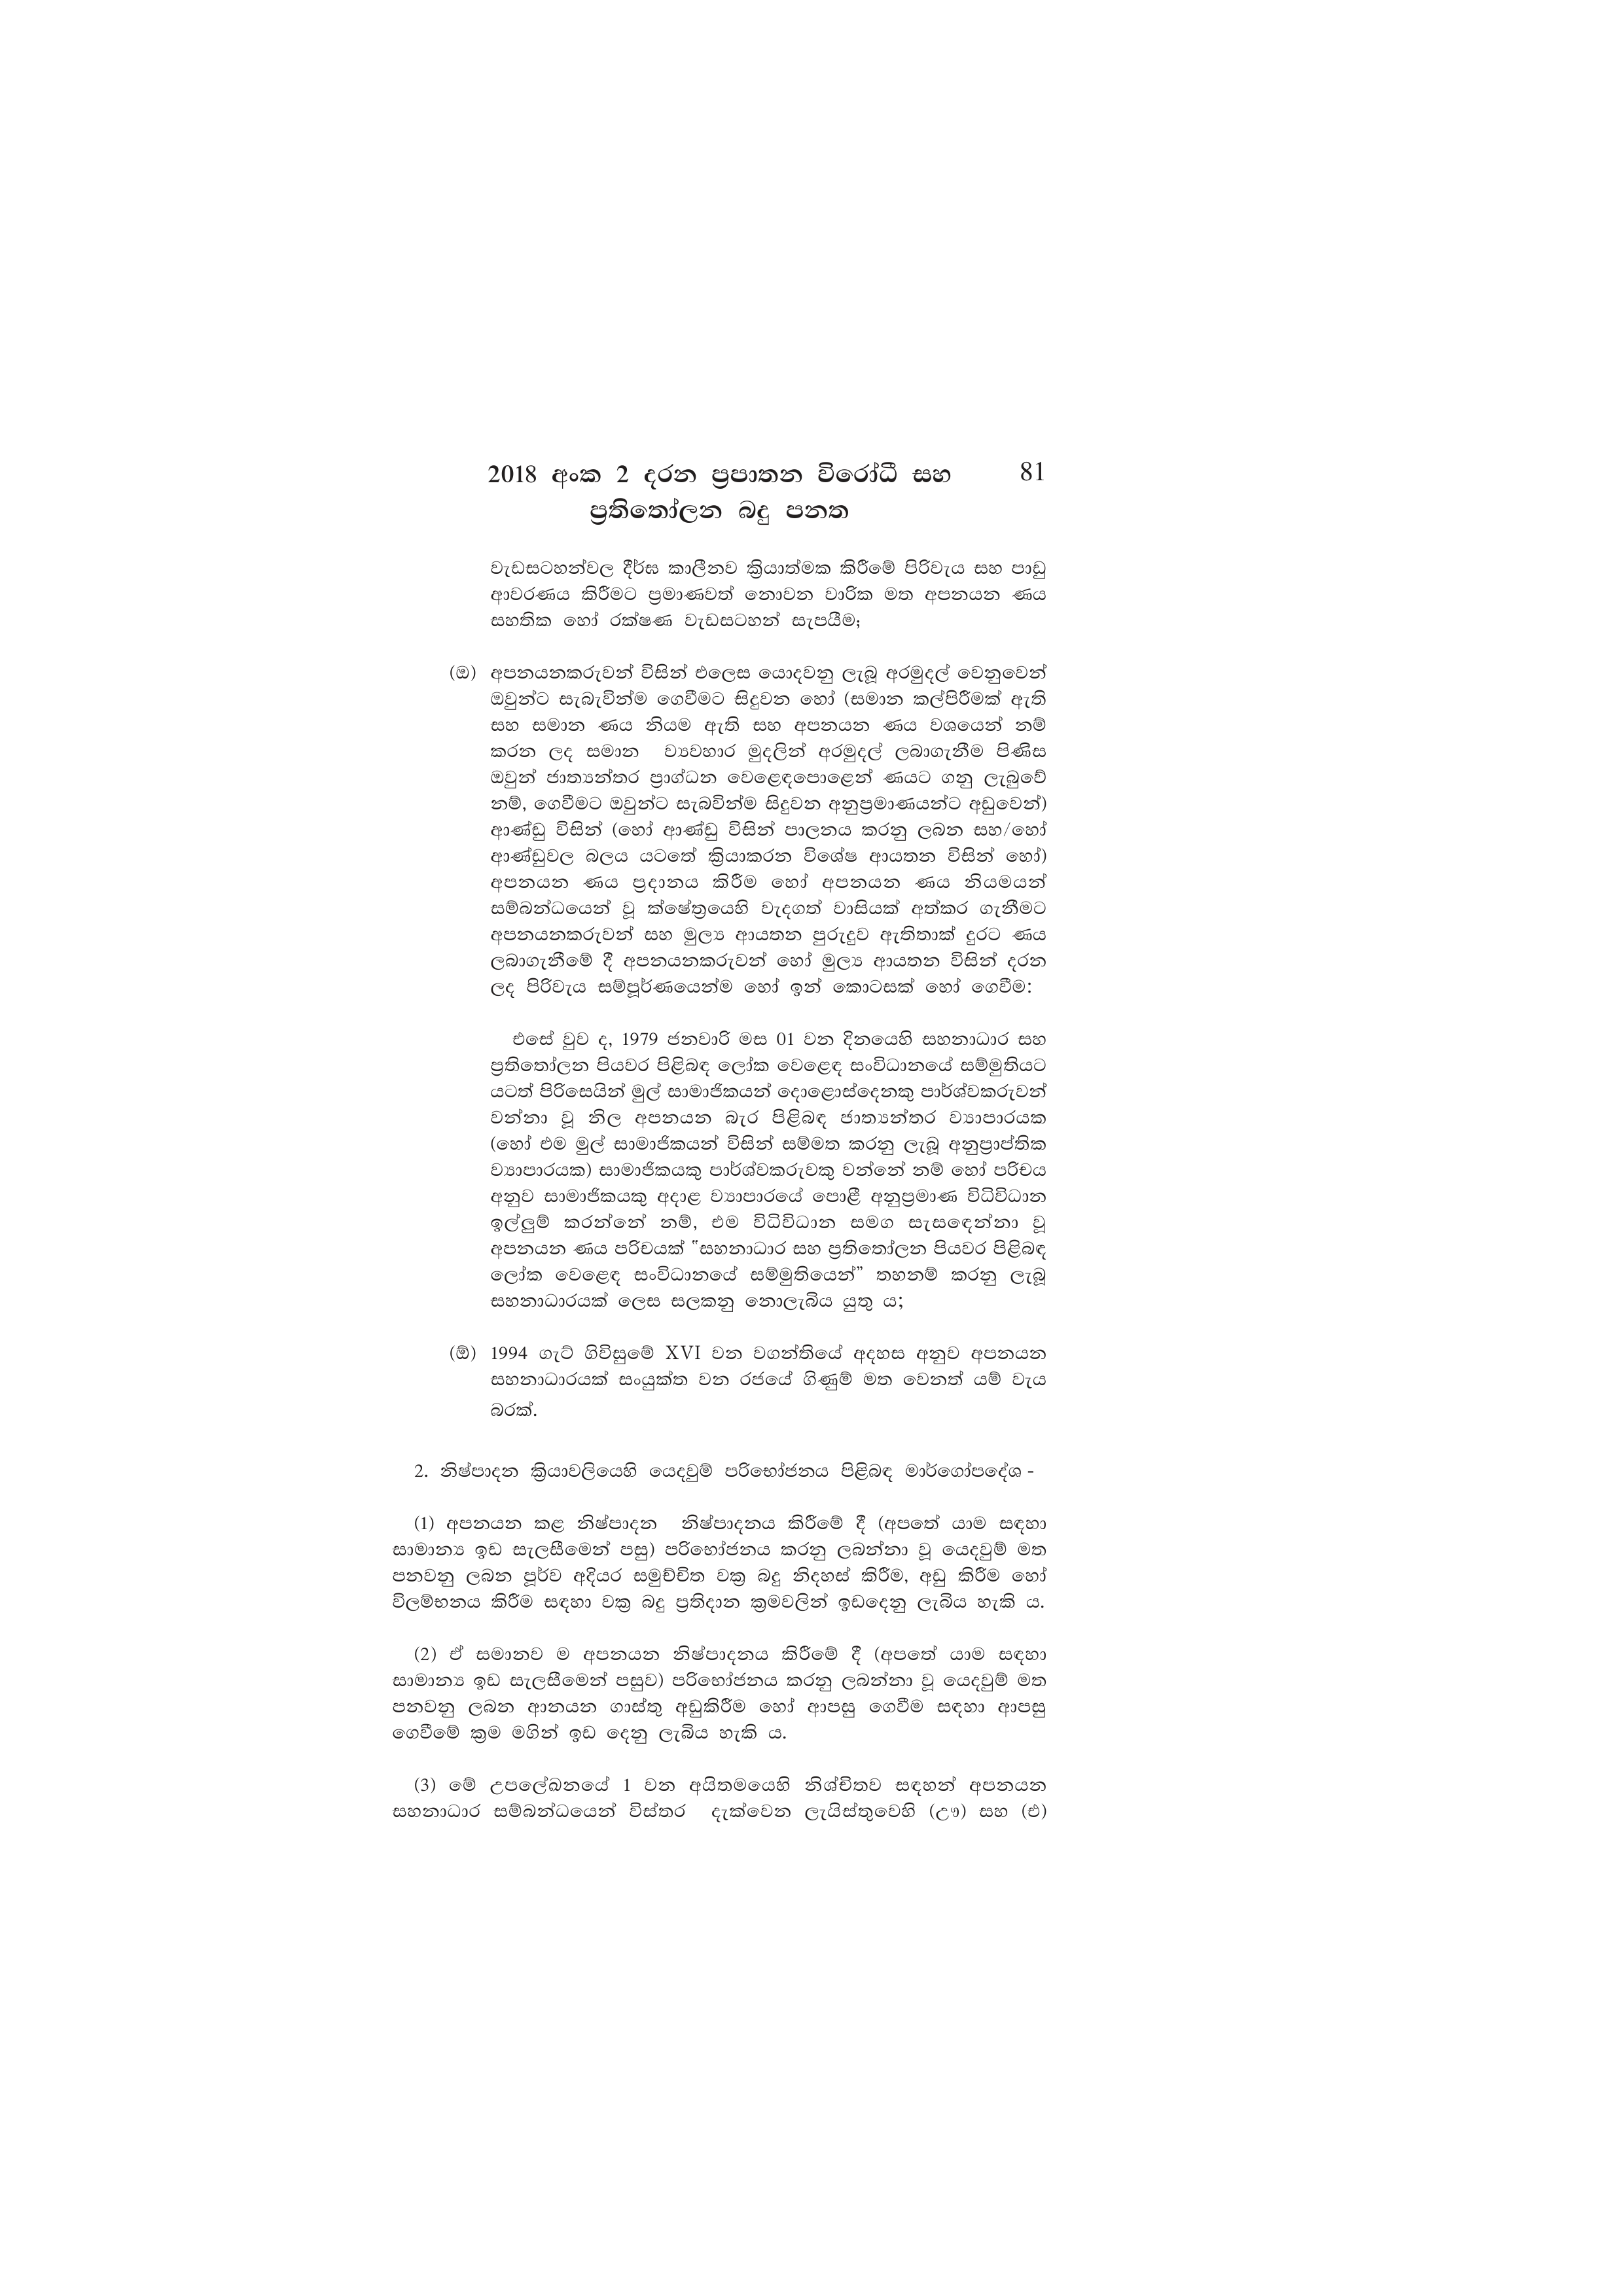
2018 අංක 2 දරන ප්‍රපාතන විරෝධී සහ 81
ප්‍රතිතෝලන බදු පනත

වැඩසටහන්වල දීර්ඝ කාලීනව ක්‍රියාත්මක කිරීමේ පිරිවැය සහ පාඩු
ආවරණය කිරීමට ප්‍රමාණවත් නොවන වාරික මත අපනයන ණය
සහතික හෝ රක්ෂණ වැඩසටහන් සැපයීම;

(ඔ) අපනයනකරුවන් විසින් එලෙස යොදවනු ලැබූ අරමුදල් වෙනුවෙන්
ඔවුන්ට සැබැවින්ම ගෙවීමට සිදුවන හෝ (සමාන කල්පිරීමක් ඇති
සහ සමාන ණය නියම ඇති සහ අපනයන ණය වශයෙන් නම්
කරන ලද සමාන ව්‍යවහාර මුදලින් අරමුදල් ලබාගැනීම පිණිස
ඔවුන් ජාත්‍යන්තර ප්‍රාග්ධන වෙළෙඳපොළෙන් ණයට ගනු ලැබුවේ
නම්, ගෙවීමට ඔවුන්ට සැබවින්ම සිදුවන අනුප්‍රමාණයන්ට අඩුවෙන්)
ආණ්ඩු විසින් (හෝ ආණ්ඩු විසින් පාලනය කරනු ලබන සහ/හෝ
ආණ්ඩුවල බලය යටතේ ක්‍රියාකරන විශේෂ ආයතන විසින් හෝ)
අපනයන ණය ප්‍රදානය කිරීම හෝ අපනයන ණය නියමයන්
සම්බන්ධයෙන් වූ ක්ෂේත්‍රයෙහි වැදගත් වාසියක් අත්කර ගැනීමට
අපනයනකරුවන් සහ මුල්‍ය ආයතන පුරුදුව ඇතිතාක් දුරට ණය
ලබාගැනීමේ දී අපනයනකරුවන් හෝ මුල්‍ය ආයතන විසින් දරන
ලද පිරිවැය සම්පූර්ණයෙන්ම හෝ ඉන් කොටසක් හෝ ගෙවීම:

එසේ වුව ද, 1979 ජනවාරි මස 01 වන දිනයෙහි සහනාධාර සහ
ප්‍රතිතෝලන පියවර පිළිබඳ ලෝක වෙළෙඳ සංවිධානයේ සම්මුතියට
යටත් පිරිසෙයින් මුල් සාමාජිකයන් දොළොස්දෙනකු පාර්ශ්වකරුවන්
වන්නා වූ නිල අපනයන බැර පිළිබඳ ජාත්‍යන්තර ව්‍යාපාරයක
(හෝ එම මුල් සාමාජිකයන් විසින් සම්මත කරනු ලැබූ අනුප්‍රාප්තික
ව්‍යාපාරයක) සාමාජිකයකු පාර්ශ්වකරුවකු වන්නේ නම් හෝ පරිචය
අනුව සාමාජිකයකු අදාළ ව්‍යාපාරයේ පොළී අනුප්‍රමාණ විධිවිධාන
ඉල්ලුම් කරන්නේ නම්, එම විධිවිධාන සමග සැසඳෙන්නා වූ
අපනයන ණය පරිචයක් "සහනාධාර සහ ප්‍රතිතෝලන පියවර පිළිබඳ
ලෝක වෙළෙඳ සංවිධානයේ සම්මුතියෙන්” තහනම් කරනු ලැබූ
සහනාධාරයක් ලෙස සලකනු නොලැබිය යුතු ය;

(ඕ) 1994 ගැට් ගිවිසුමේ XVI වන වගන්තියේ අදහස අනුව අපනයන
සහනාධාරයක් සංයුක්ත වන රජයේ ගිණුම් මත වෙනත් යම් වැය
බරක්.

2. නිෂ්පාදන ක්‍රියාවලියෙහි යෙදවුම් පරිභෝජනය පිළිබඳ මාර්ගෝපදේශ -

(1) අපනයන කළ නිෂ්පාදන නිෂ්පාදනය කිරීමේ දී (අපතේ යාම සඳහා
සාමාන්‍ය ඉඩ සැලසීමෙන් පසු) පරිභෝජනය කරනු ලබන්නා වූ යෙදවුම් මත
පනවනු ලබන පූර්ව අදියර සමුච්චිත වක්‍ර බදු නිදහස් කිරීම, අඩු කිරීම හෝ
විලම්භනය කිරීම සඳහා වක්‍ර බදු ප්‍රතිදාන ක්‍රමවලින් ඉඩදෙනු ලැබිය හැකි ය.

(2) සමානව ම අපනයන නිෂ්පාදනය කිරීමේ දී (අපතේ යාම සඳහා
සාමාන්‍ය ඉඩ සැලසීමෙන් පසුව) පරිභෝජනය කරනු ලබන්නා වූ යෙදවුම් මත
පනවනු ලබන ආනයන ගාස්තු අඩුකිරීම හෝ ආපසු ගෙවීම සඳහා ආපසු
ගෙවීමේ ක්‍රම මගින් ඉඩ දෙනු ලැබිය හැකි ය.

(3) මේ උපලේඛනයේ 1 වන අයිතමයෙහි නිශ්චිතව සඳහන් අපනයන
සහනාධාර සම්බන්ධයෙන් විස්තර දැක්වෙන ලැයිස්තුවෙහි (ඌ) සහ (එ)